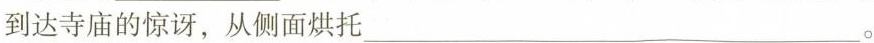
到达寺庙的惊讶，从侧面烘托___。